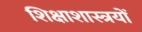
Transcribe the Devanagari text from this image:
शिक्षाशास्त्रयों